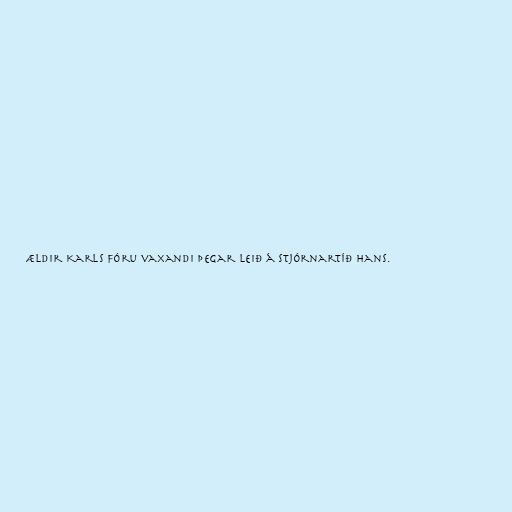
ældir Karls fóru vaxandi þegar leið á stjórnartíð hans.